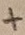
Text: +